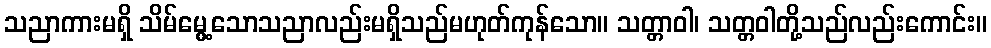
သညာကားမရှိ သိမ်မွေ့သောသညာလည်းမရှိသည်မဟုတ်ကုန်သော။ သတ္တာဝါ၊ သတ္တဝါတို့သည်လည်းကောင်း။